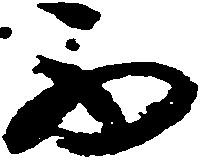
西